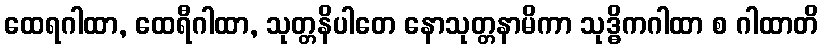
ထေရဂါထာ, ထေရီဂါထာ, သုတ္တနိပါတေ နောသုတ္တနာမိကာ သုဒ္ဓိကဂါထာ စ ဂါထာတိ